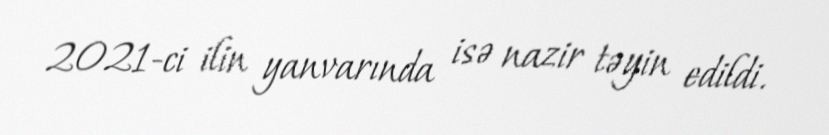
2021-ci ilin yanvarında isə nazir təyin edildi.